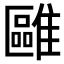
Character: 𩀫